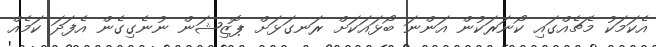
އެކަމަކު މެޗެއްގައި ކޯނަރަކުން އަންނަ ބޯޅައަކަށް ރަނގަޅަށް ޕޮޒިޝަން ނުނެގިގެން އެފަދަ ކަމެއް